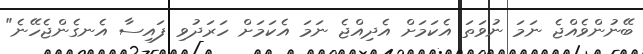
ބޭނުންވެއްޖެ ނަމަ ނުވަތަ އެކަމަށް އެދިއްޖެ ނަމަ އެކަމަށް ހަރަދުވި ފައިސާ އެނގެންޖެހޭނެ"